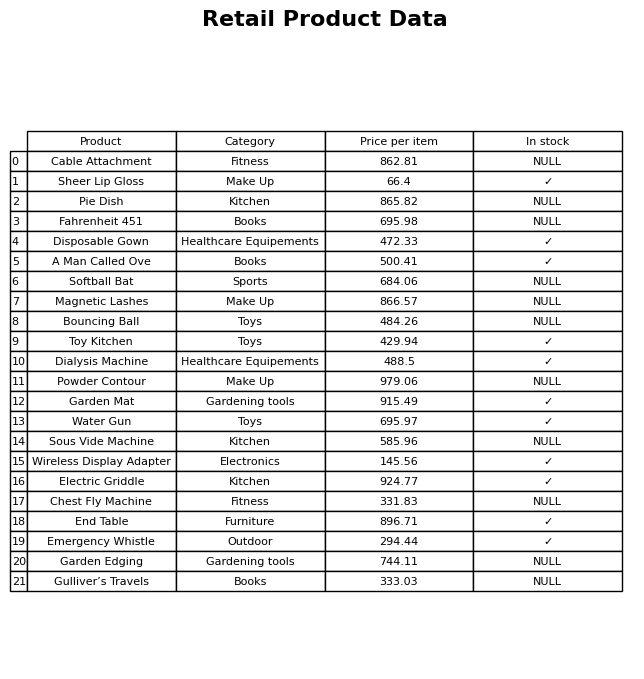
question: Is the Magnetic Lashes in stock?
answer: NULL